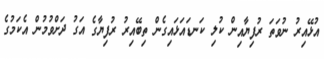
އުޅޭއިރު ނުވަތަ ރުފިޔާއިން ކުލި ކަނޑައަޅައިގެން ތިބޭއިރު ރުފިޔާގެ އަގު ދަށްވުމުން އެކަމުގެ